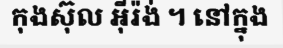
កុងស៊ុល អ៊ីរ៉ង់ ។ នៅក្នុង